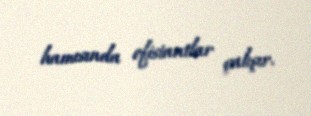
hamısında ofisiantlar çalışır.